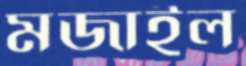
মজাইল